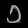
Digit: ၁